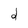
Character: d